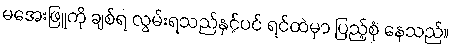
မအေးဖြူကို ချစ်ရ လွမ်းရသည်နှင့်ပင် ရင်ထဲမှာ ပြည့်စုံ နေသည်။